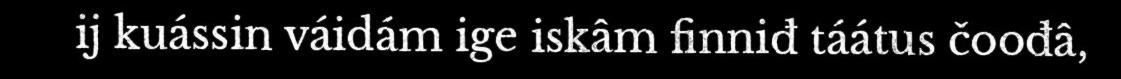
ij kuássin váidám ige iskâm finniđ táátus čoođâ,